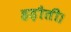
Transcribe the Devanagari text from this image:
हड़ौती।